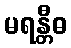
မရန္တီဓ